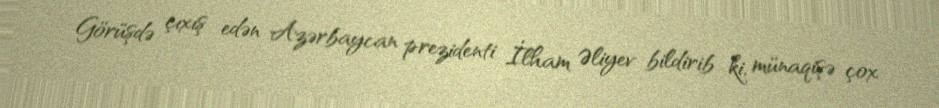
Görüşdə çıxış edən Azərbaycan prezidenti İlham Əliyev bildirib ki, münaqişə çox